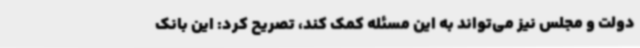
دولت و مجلس نیز می‌تواند به این مسئله کمک کند، تصریح کرد: این بانک